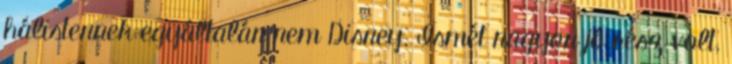
hálistennek egyáltalán nem Disney. Ismét nagyon jó rész volt,